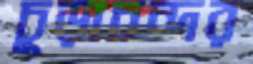
চূড়াচন্দর